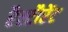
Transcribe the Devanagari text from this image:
रैस्टौरेंट